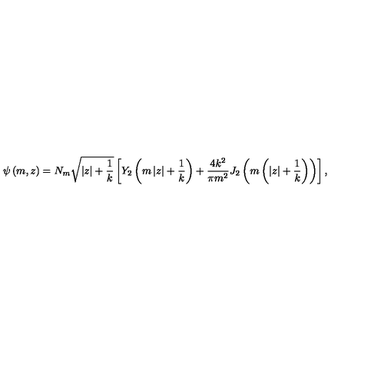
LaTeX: \psi \left( m , z \right) = N _ { m } \sqrt { \left| z \right| + \frac { 1 } { k } } \left[ Y _ { 2 } \left( m \left| z \right| + \frac { 1 } { k } \right) + \frac { 4 k ^ { 2 } } { \pi m ^ { 2 } } J _ { 2 } \left( m \left( \left| z \right| + \frac { 1 } { k } \right) \right) \right] ,